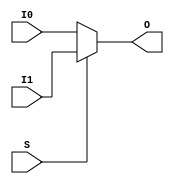
module Mux2x8 (
    input [7:0] I0,
    input [7:0] I1,
    input S,
    output [7:0] O
);
reg [7:0] coreir_commonlib_mux2x8_inst0_out;
always @(*) begin
if (S == 0) begin
    coreir_commonlib_mux2x8_inst0_out = I0;
end else begin
    coreir_commonlib_mux2x8_inst0_out = I1;
end
end

assign O = coreir_commonlib_mux2x8_inst0_out;
endmodule